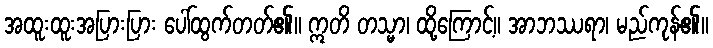
အထူးထူးအပြားပြား ပေါ်ထွက်တတ်၏။ ဣတိ တသ္မာ၊ ထို့ကြောင့်။ အာဘဿရာ၊ မည်ကုန်၏။